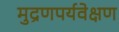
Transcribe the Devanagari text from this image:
मुद्रणपर्यवेक्षण